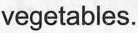
vegetables.